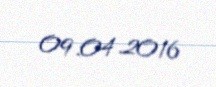
09.04.2016